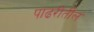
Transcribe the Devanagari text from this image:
पांढरीतील